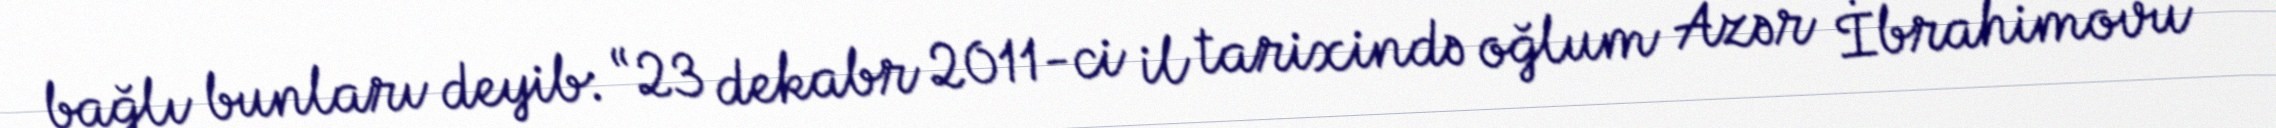
bağlı bunları deyib: “23 dekabr 2011-ci il tarixində oğlum Azər İbrahimovu